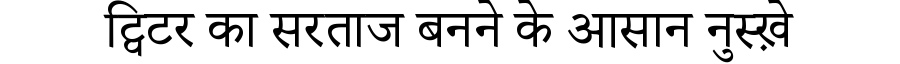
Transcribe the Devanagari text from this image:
ट्विटर का सरताज बनने के आसान नुस्ख़े